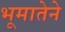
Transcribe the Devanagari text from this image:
भूमातेने